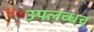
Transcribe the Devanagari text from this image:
उपलब्धच